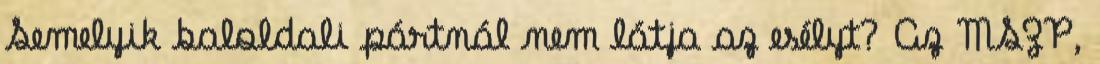
Semelyik baloldali pártnál nem látja az esélyt? Az MSZP,